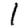
Digit: 1